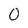
Character: 0